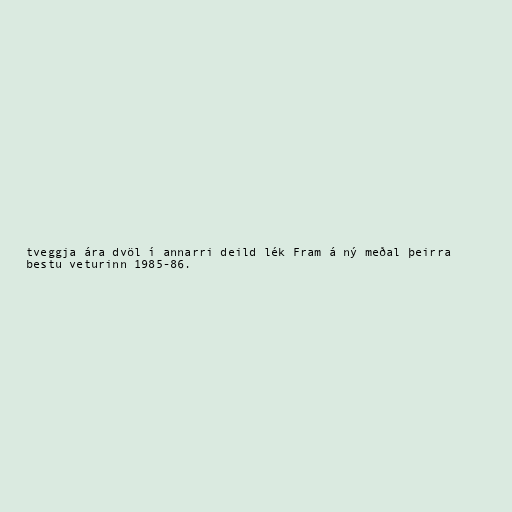
tveggja ára dvöl í annarri deild lék Fram á ný meðal þeirra
bestu veturinn 1985-86.